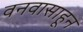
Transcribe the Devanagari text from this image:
वनवासाहून